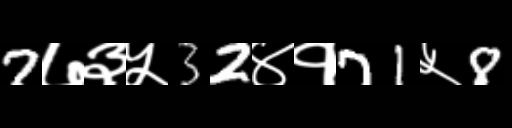
Text: 7७३५32४१71५8